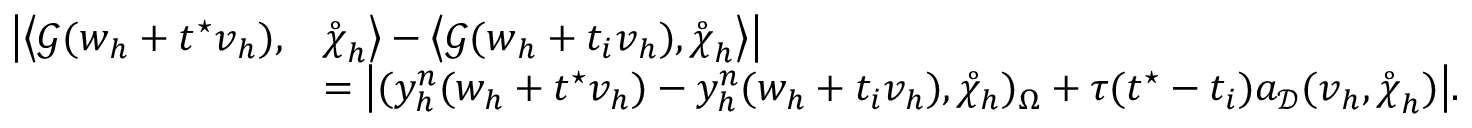
\begin{array} { r l } { \big | \big \langle \boldsymbol { \mathcal { G } } ( \boldsymbol { w } _ { h } + t ^ { \star } \boldsymbol { v } _ { h } ) , } & { \mathring { \boldsymbol { \chi } } _ { h } \big \rangle - \big \langle \boldsymbol { \mathcal { G } } ( \boldsymbol { w } _ { h } + t _ { i } \boldsymbol { v } _ { h } ) , \mathring { \boldsymbol { \chi } } _ { h } \big \rangle \big | } \\ & { = \big | ( y _ { h } ^ { n } ( w _ { h } + t ^ { \star } v _ { h } ) - y _ { h } ^ { n } ( w _ { h } + t _ { i } v _ { h } ) , \mathring { \chi } _ { h } ) _ { \Omega } + \tau ( t ^ { \star } - t _ { i } ) a _ { \mathcal { D } } ( \boldsymbol { v } _ { h } , \mathring { \boldsymbol { \chi } } _ { h } ) \big | . } \end{array}